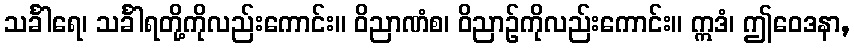
သင်္ခါရေ၊ သင်္ခါရတို့ကိုလည်းကောင်း။ ဝိညာဏံစ၊ ဝိညာဉ်ကိုလည်းကောင်း။ ဣဒံ၊ ဤဝေဒနာ,